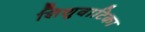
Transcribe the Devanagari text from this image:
शिशुवाटिका